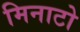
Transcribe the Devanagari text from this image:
मिनाटो